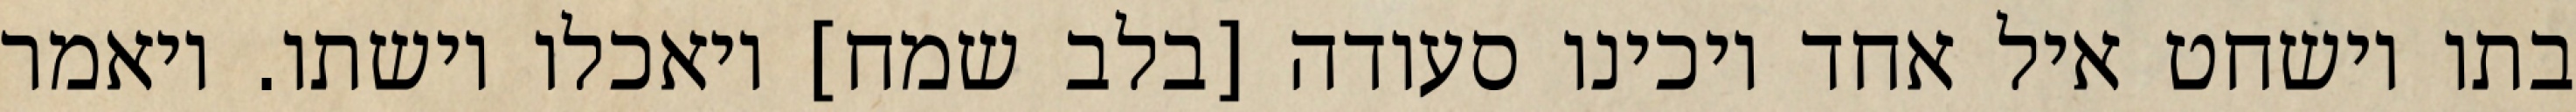
בתו וישחט איל אחד ויכינו סעודה [בלב שמח] ויאכלו וישתו. ויאמר